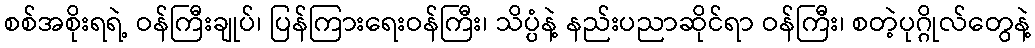
စစ်အစိုးရရဲ့ ဝန်ကြီးချုပ်၊ ပြန်ကြားရေးဝန်ကြီး၊ သိပ္ပံနဲ့ နည်းပညာဆိုင်ရာ ဝန်ကြီး၊ စတဲ့ပုဂ္ဂိုလ်တွေနဲ့